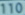
Transcribetheimage